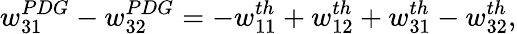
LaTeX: w_{31}^{PDG}-w_{32}^{PDG}=-w_{11}^{th}+w_{12}^{th}+w_{31}^{th}-w_{32}^{th},